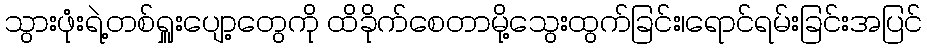
သွားဖုံးရဲ့တစ်ရှူးပျော့တွေကို ထိခိုက်စေတာမို့သွေးထွက်ခြင်း၊ရောင်ရမ်းခြင်းအပြင်